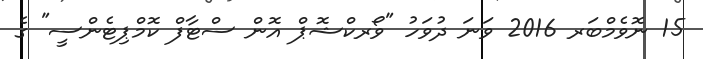
15 ނޮވެމްބަރ 2016 ވަނަ ދުވަހު "ވޯރކްޝޮޕް އޮން ސްޓާފް ކޮމްޕިޓެންސީ" ގެ